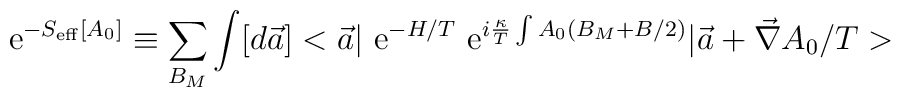
{\rm ~e}^{-S_{\rm eff}[A_0]}\equiv \sum_{B_M} \int [d\vec a] <\vec a\vert {\rm ~e}^{-H/T}{\rm ~e}^{i\frac{\kappa}{T}\int A_0(B_M+B/2)}\vert\vec a+\vec \nabla A_0/T>